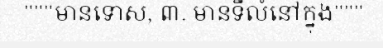
"""មានទោស, ៣. មានទីលំនៅក្នុង"""